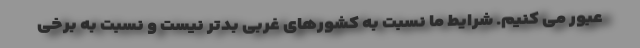
عبور می کنیم. شرایط ما نسبت به کشورهای غربی بدتر نیست و نسبت به برخی